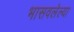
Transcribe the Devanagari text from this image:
भासवलेल्या